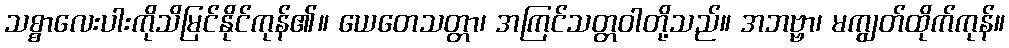
သစ္စာလေးပါးကိုသိမြင်နိုင်ကုန်၏။ ယေတေသတ္တာ၊ အကြင်သတ္တဝါတို့သည်။ အဘဗ္ဗာ၊ မကျွတ်ထိုက်ကုန်။